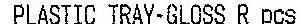
PLASTIC TRAY-GLOSS R PCS